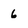
Character: 6